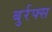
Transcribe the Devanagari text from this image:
बुर्रफ्स